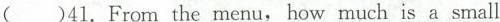
( )41.From the menu, how much is a small